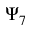
\Psi _ { 7 }